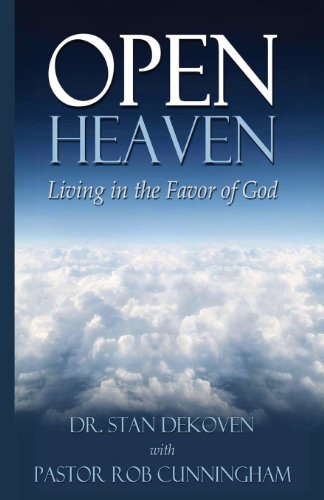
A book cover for Open Heaven: Living in the Favor of God; Stan Dekoven; Christian Books & Bibles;